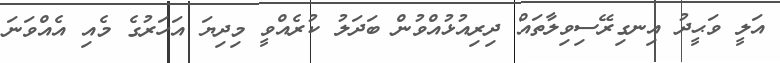
އަލީ ވަޙީދު އިނގިރޭސިވިލާތައް ދިރިއުޅުއްވުން ބަދަލު ކުރެއްވީ މިދިޔަ އަހަރުގެ މެއި އެއްވަނަ